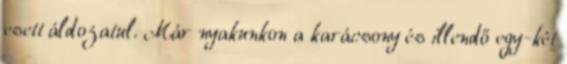
esett áldozatul. Már nyakunkon a karácsony és illendő egy-két